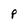
Character: P